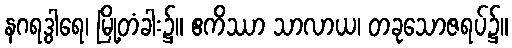
နဂရဒွါရေ၊ မြို့တံခါး၌။ ဧကိဿာ သာလာယ၊ တခုသောဇရပ်၌။